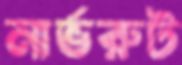
নার্ভরুট